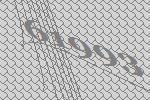
61993